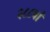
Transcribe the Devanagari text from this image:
२८८वां